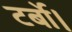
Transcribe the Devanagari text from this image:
टर्बो।